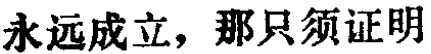
永远成立，那只须证明